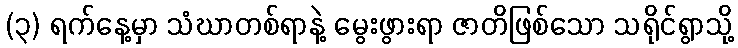
(၃) ရက်နေ့မှာ သံဃာတစ်ရာနဲ့ မွေးဖွားရာ ဇာတိဖြစ်သော သရိုင်ရွာသို့